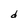
Character: d